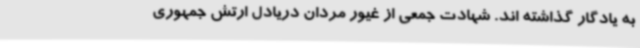
به یادگار گذاشته اند. شهادت جمعی از غیور مردان دریادل ارتش جمهوری